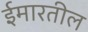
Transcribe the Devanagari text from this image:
ईमारतील